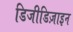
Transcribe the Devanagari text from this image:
डिजीडिज़ाइन